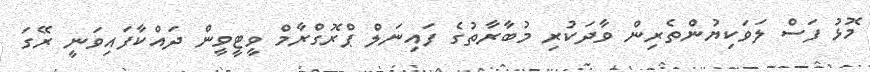
މޮޅު ފަސް ލަވަކިޔުންތެރިން ވާދަކުރި މުބާރާތުގެ ފައިނަލް ޕްރޮގްރާމް ވީޓީވީން ދައްކާފައިވަނީ ރޭގަ